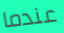
عندما